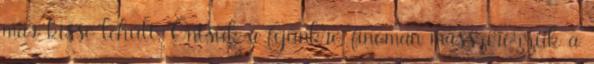
már kissé lehűlt. Öntsük a fejünkre, finoman masszírozzuk a